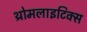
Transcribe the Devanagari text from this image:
थ्रोमलाइटिक्स